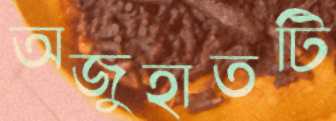
অজুহাতটি